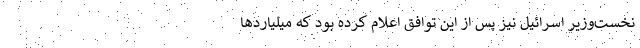
نخست‌وزیر اسرائیل نیز پس از این توافق اعلام کرده بود که میلیارد‌ها